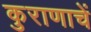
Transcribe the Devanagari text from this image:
कुराणाचें